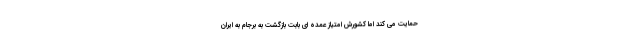
حمایت می کند اما کشورش امتیاز عمده ای بابت بازگشت به برجام به ایران